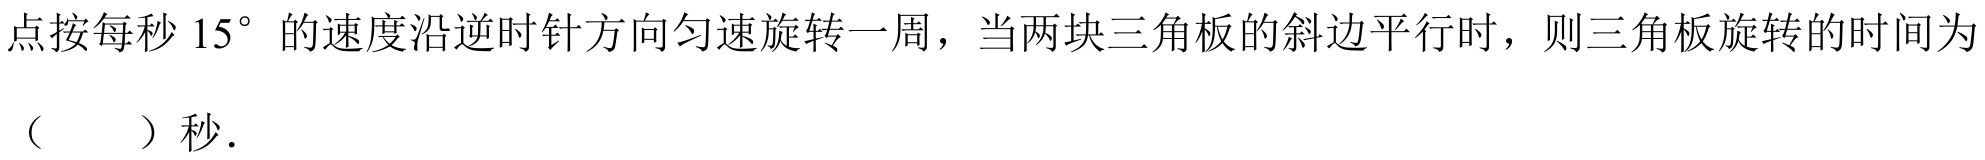
点按每秒 \(15^{\circ}\) 的速度沿逆时针方向匀速旋转一周，当两块三角板的斜边平行时，则三角板旋转的时间为
（  ）秒.